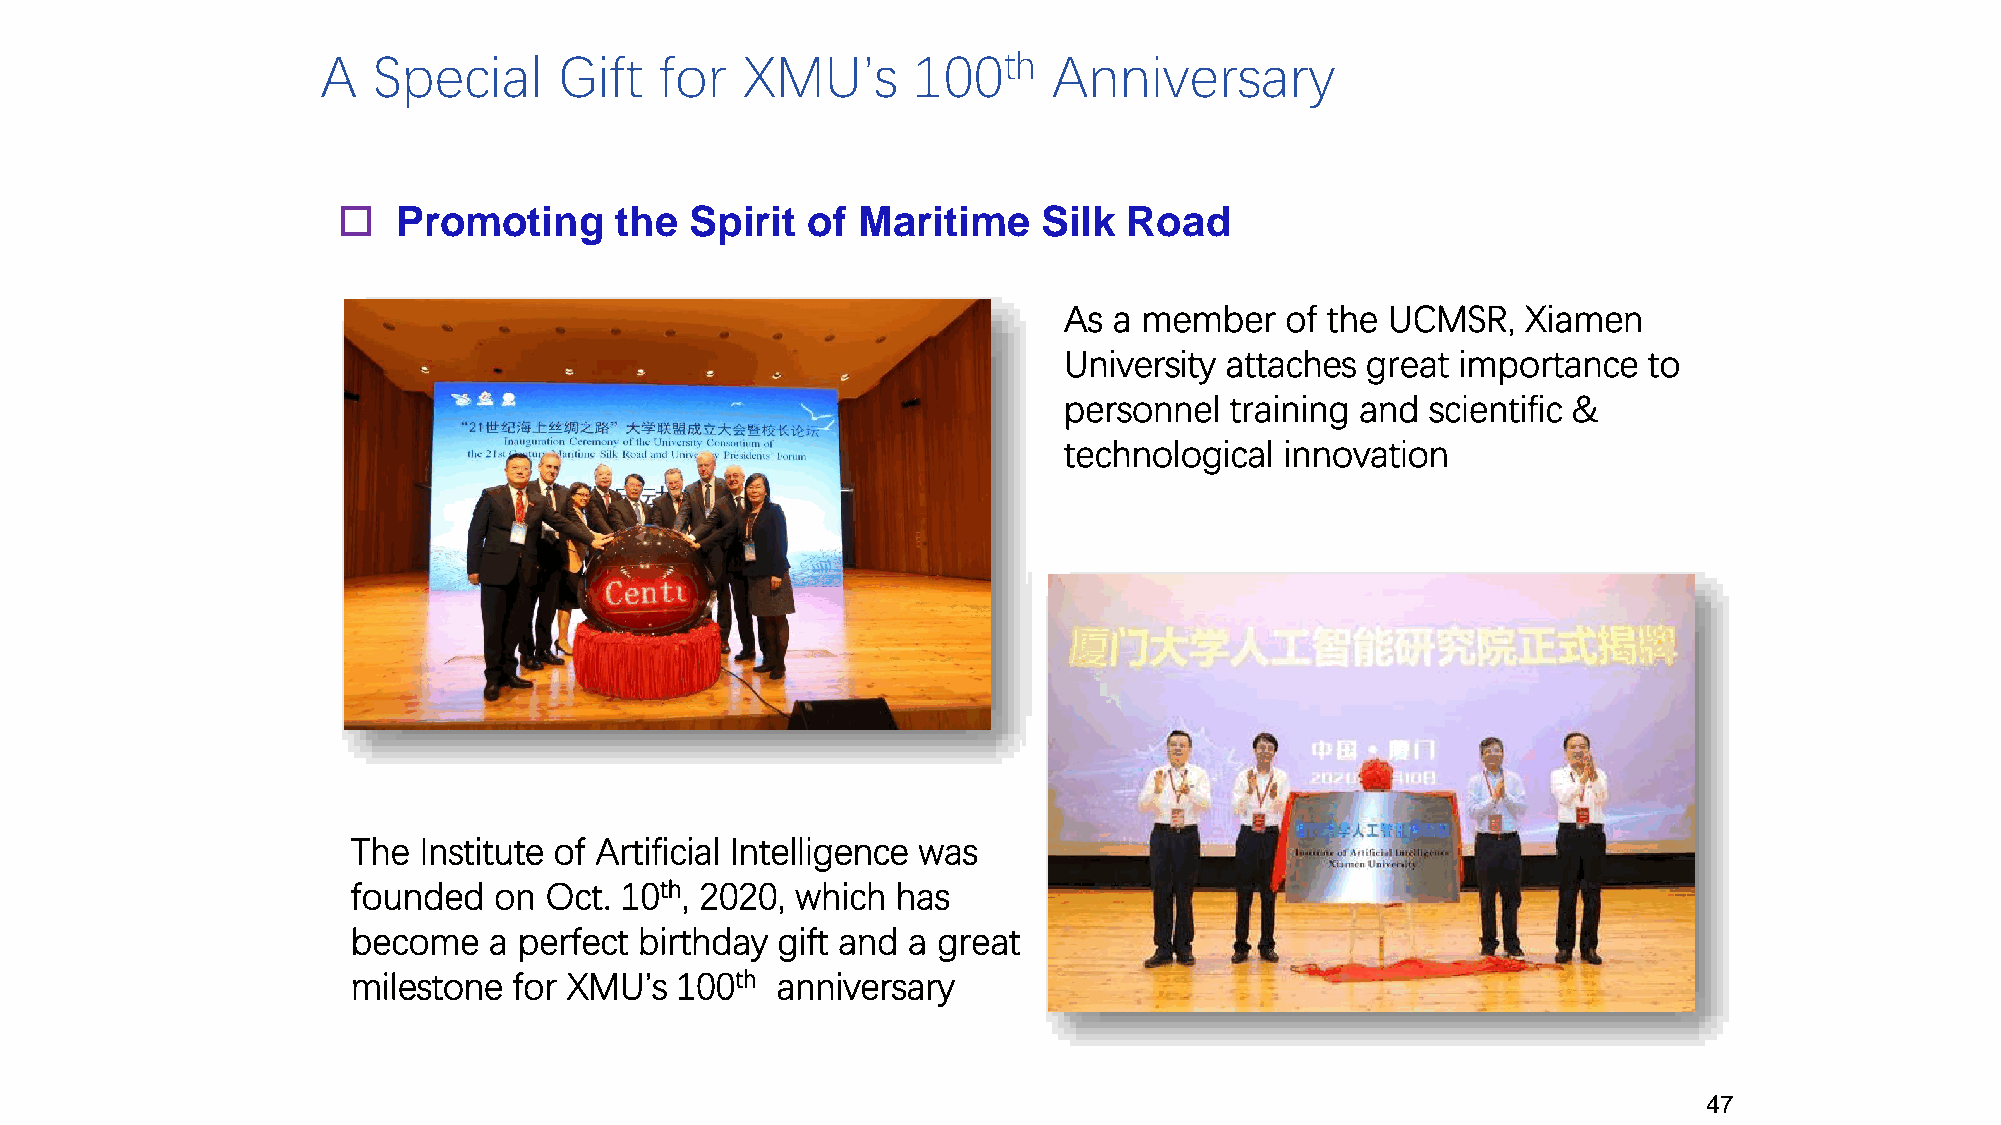
A   Special     Gift   for  XMU’s      100th     Anniversary
    Promoting      the  Spirit of  Maritime    Silk  Road
 As  a member   of the UCMSR,   Xiamen
 University attaches great  importance  to
 personnel  training and  scientific &
 technological  innovation
 The  Institute of Artificial Intelligence was
 founded   on Oct. 10th, 2020, which has
 become   a perfect birthday gift and a great
 milestone  for XMU’s  100th anniversary
 47